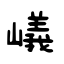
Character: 嶬